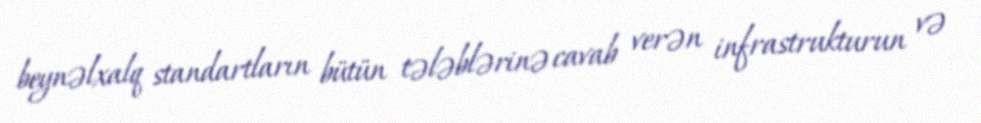
beynəlxalq standartların bütün tələblərinə cavab verən infrastrukturun və